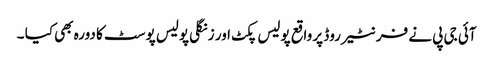
آئی جی پی نے فرنٹیر روڈ پر واقع پولیس پکٹ اور زنگلی پولیس پوسٹ کا دورہ بھی کیا ۔